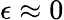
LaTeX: \epsilon\approx 0